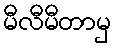
မီလီမီတာမှ